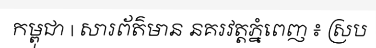
កម្ពុជា | សារព័ត៌មាន នគរវត្តភ្នំពេញ ៖ ស្រប